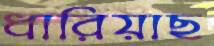
ধারিয়াছ